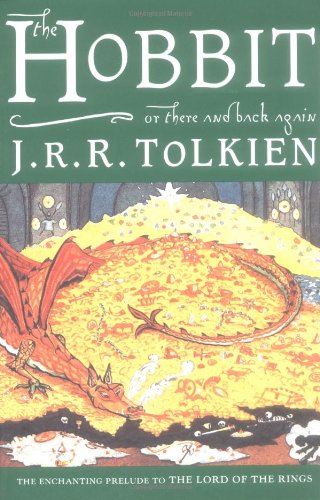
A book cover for The Hobbit; J.R.R. Tolkien; Humor & Entertainment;